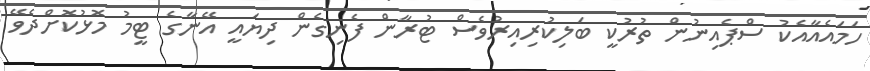
ހަމައެއާއެކު ސްޕެއިނުން ތުރުކީ ބަލިކުރިއިރުވެސް ޓުރާން ފެނިގެން ދިޔައީ އޭނާގެ ޓީމު މޮޅުކޮށްދެވޭ